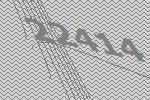
22414